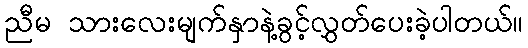
ညီမ သားလေးမျက်နှာနဲ့ခွင့်လွှတ်ပေးခဲ့ပါတယ်။